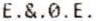
E.&.0.E.